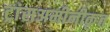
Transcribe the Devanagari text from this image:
ट्रांसअमीनीकृत